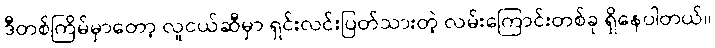
ဒီတစ်ကြိမ်မှာတော့ လူငယ်ဆီမှာ ရှင်းလင်းပြတ်သားတဲ့ လမ်းကြောင်းတစ်ခု ရှိနေပါတယ်။